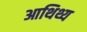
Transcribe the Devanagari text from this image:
आथिथ्य